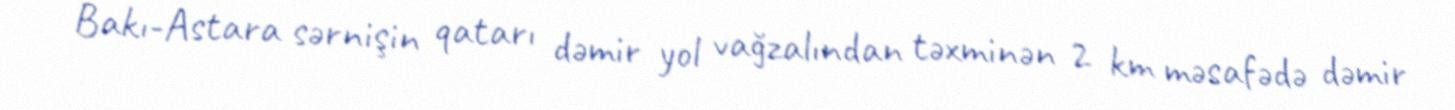
Bakı-Astara sərnişin qatarı dəmir yol vağzalından təxminən 2 km məsafədə dəmir